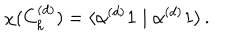
\chi ( C _ { h } ^ { ( d ) } ) = \langle \alpha ^ { ( d ) } \mathbf { 1 } \mid \alpha ^ { ( d ) } \mathbf { 1 } \rangle \, .